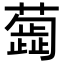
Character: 𦿼